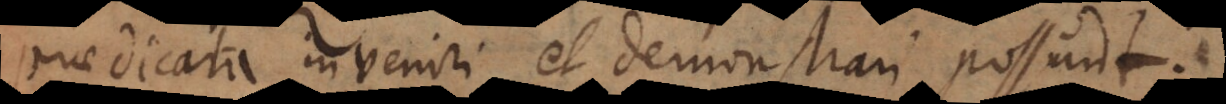
praedicata inveniri et demonstrari possunt.